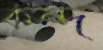
কন্দ